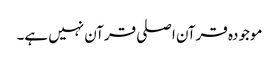
موجودہ قرآن اصلی قرآن نہیں ہے۔